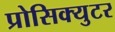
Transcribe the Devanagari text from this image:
प्रोसिक्युटर